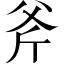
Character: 斧